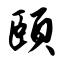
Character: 颐